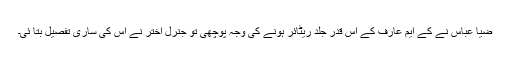
ضیا عباس نے کے ایم عارف کے اس قدر جلد ریٹائر ہونے کی وجہ پوچھی تو جنرل اختر نے اس کی ساری تفصیل بتا ئی۔